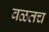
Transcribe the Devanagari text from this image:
वळतच